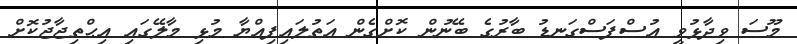
މޫސަ ވިދާޅުވީ އުސްފަސްގަނޑު ބާރުގެ ބޭނުން ކޮށްގެން އަތުލައިފިއްޔާ މުޅި މާލޭގައި އިޙްތިޖާޖުކޮށް